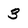
Character: 3